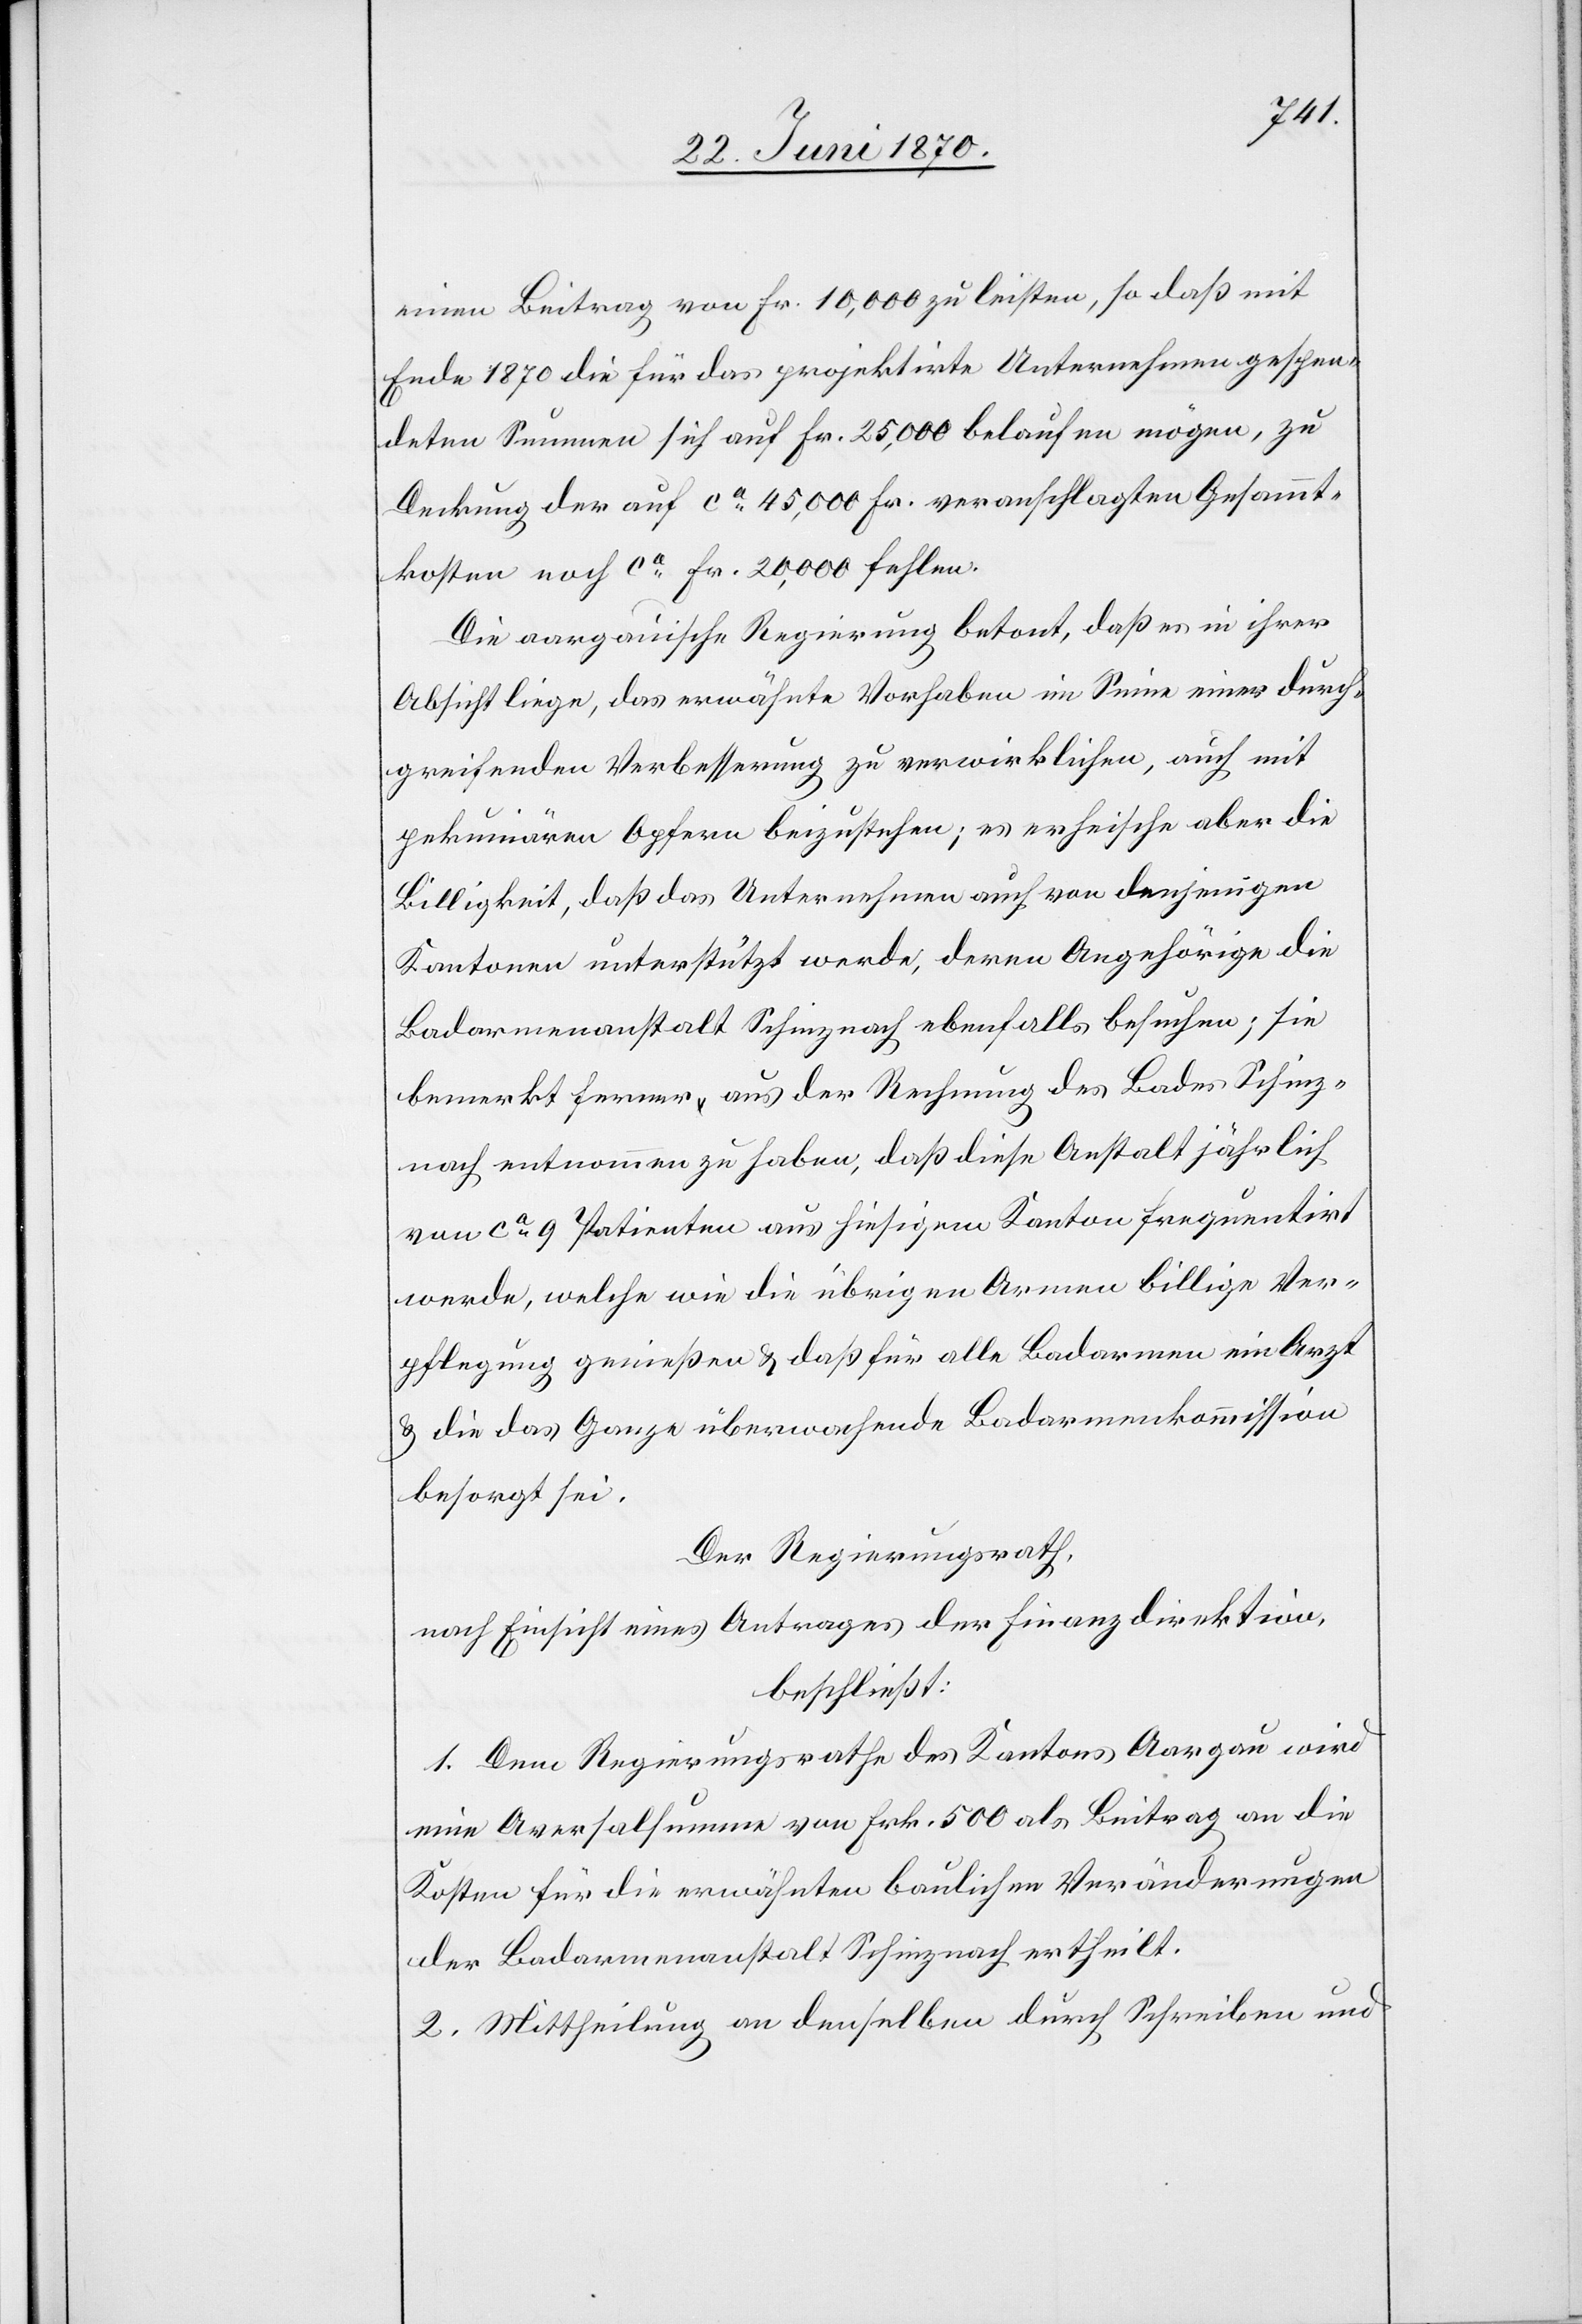
einen Beitrag von Fr. 10,000 zu leisten, so daß mit
Ende 1870 die für das projektirte Unternehmen gespen¬
deten Summen sich auf Fr. 25,000 belaufen mögen, zur
Deckung der auf ca 45,000 Fr. veranschlagten Gesammt¬
kosten noch ca Fr. 20,000 fehlen.
Die aargauische Regierung betont, daß in ihrer
Absicht liege, das erwähnte Vorhaben im Sinne einer durch¬
greifenden Verbesserung zu verwirklichen, auch mit
pekuniären Opfern beizustehen; es erheische aber die
Billigkeit, daß das Unternehmen auch von denjenigen
Kantonen unterstützt werde, deren Angehörige die
Badarmenanstalt Schinznach ebenfalls besuchen; sie
bemerkt ferner aus der Rechnung des Bades Schinz¬
nach entnommen zu haben, daß diese Anstalt jährlich
von ca 9 Patienten aus hiesigem Kanton frequentirt
werde, welche wie die übrigen Armen billige Ver¬
pflegung genießen & daß für alle Badarmen ein Arzt
& die das Ganze überwachende Badarmenkommission
besorgt sei.
Der Regierungsrath,
nach Einsicht eines Antrages der Finanzdirektion,
beschließt:
1. Dem Regierungsrathe des Kantons Aargau wird
eine Aversalsumme von Frk. 500 als Beitrag an die
Kosten für die erwähnten baulichen Veränderungen
der Badarmenanstalt Schinznach ertheilt.
2. Mittheilung an denselben durch Schreiben und